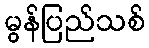
မွန်ပြည်သစ်